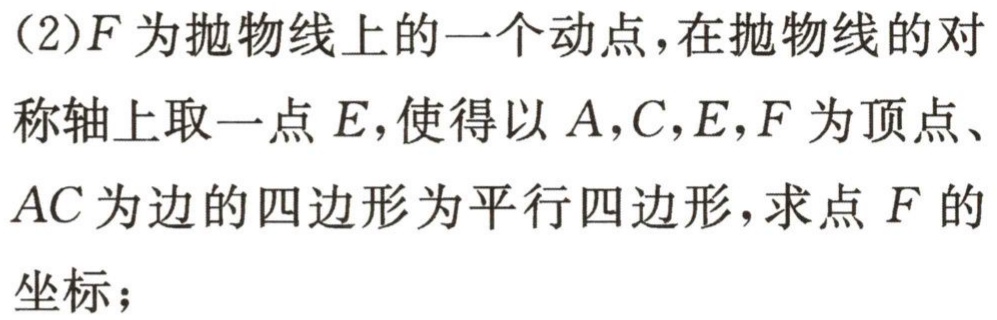
(2)\(F\)为抛物线上的一个动点，在抛物线的对称轴上取一点\(E\)，使得以\(A,C,E,F\)为顶点、\(AC\)为边的四边形为平行四边形，求点\(F\)的坐标；